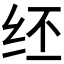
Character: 𫄞